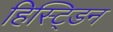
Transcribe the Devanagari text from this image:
हिस्ट्डिन